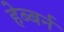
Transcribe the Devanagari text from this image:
हेब्बर्न